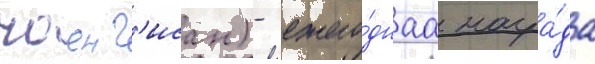
чоенг'исан) - ежего́днаа награ́да